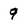
Character: 9